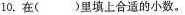
10.在(里填上合适的小数。